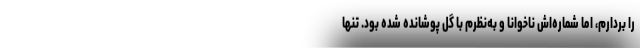
را بردارم، اما شماره‌اش ناخوانا و به‌نظرم با گل پوشانده شده بود. تنها